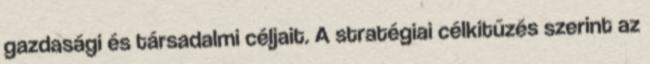
gazdasági és társadalmi céljait. A stratégiai célkitűzés szerint az